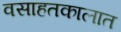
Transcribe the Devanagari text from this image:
वसाहतकालात